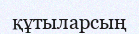
құтыларсың